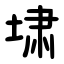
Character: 㙌